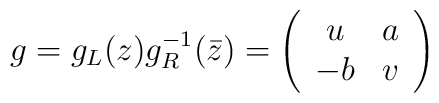
g=g_L(z)g_R^{-1}(\bar{z})=\left(\begin{array}{cc}u & a \\-b & v\end{array}\right)